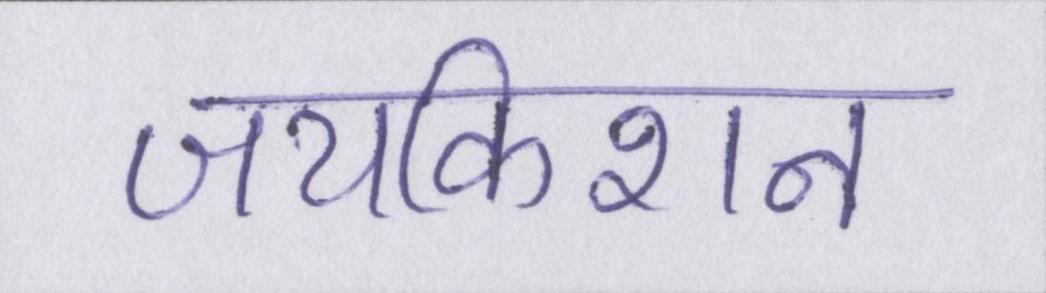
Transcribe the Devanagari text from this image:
जयकिशन